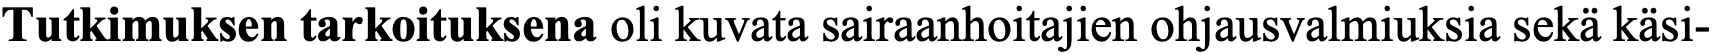
Tutkimuksen tarkoituksena oli kuvata sairaanhoitajien ohjausvalmiuksia sekä käsi-